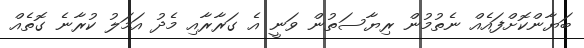
ބަޔާންކޮށްފައެއް ނެތުމުން ރިޔާސަތުން ވަނީ އެ ގަރާރާއި މެދު އަމަލު ކުރާނެ ގޮތެއް